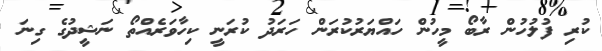
ކުރި ފުލުހުން ރާބޯ މީހުން ހައްޔަރުކުރަން ހަރަދު ކުރަނީ ކިހާވަރެއްތޯ ނަަޝީދުގެ ގިނަ